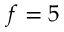
f = 5